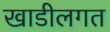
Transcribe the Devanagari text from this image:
खाडीलगत